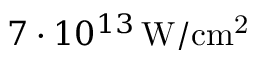
7 \cdot 1 0 ^ { 1 3 } \, \mathrm { W / c m ^ { 2 } }